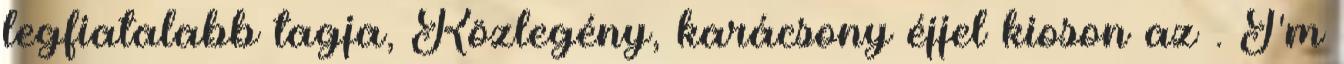
legfiatalabb tagja, Közlegény, karácsony éjjel kioson az . I'm